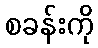
စခန်းကို